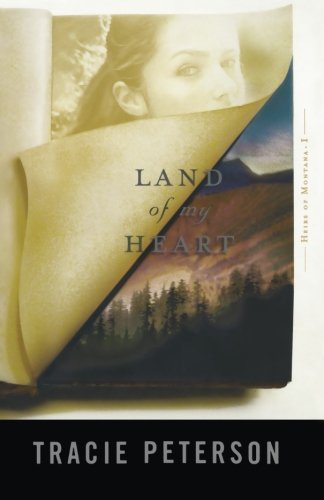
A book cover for Land of My Heart (Heirs of Montana #1); Tracie Peterson; Romance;